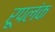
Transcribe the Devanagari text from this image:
रूपलंक